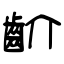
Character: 齘